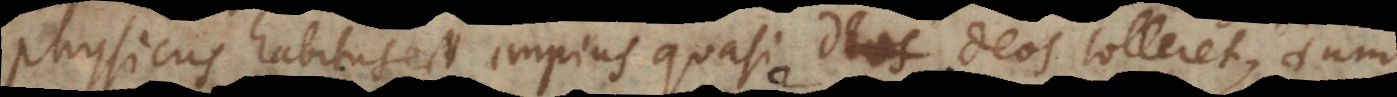
physicus habitus est impius quasi Deos tolleret, dum